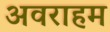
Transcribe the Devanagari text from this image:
अवराहम